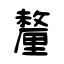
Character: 釐